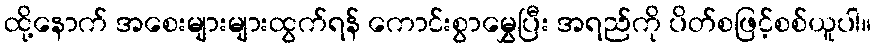
ထို့နောက် အစေးများများထွက်ရန် ကောင်းစွာမွှေပြီး အရည်ကို ပိတ်စဖြင့်စစ်ယူပါ။